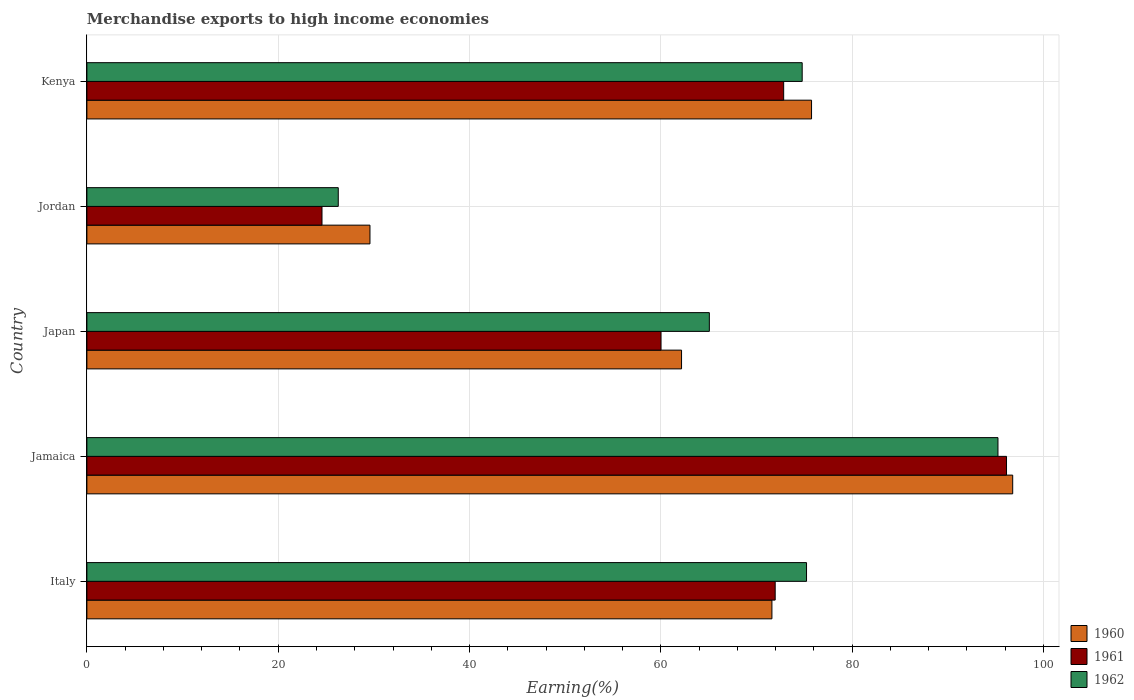
| Country | 1960 | 1961 | 1962 |
 | --- | --- | --- | --- |
 | Italy | 71.6 | 72 | 75.2 |
 | Jamaica | 96.8 | 96.1 | 95.2 |
 | Japan | 62.2 | 60 | 65.1 |
 | Jordan | 29.6 | 24.6 | 26.3 |
 | Kenya | 75.8 | 72.8 | 74.8 |